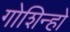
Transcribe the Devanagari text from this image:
गोशिन्हो